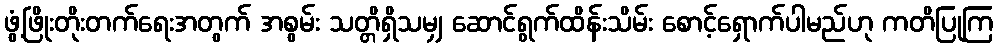
ဖွံ့ဖြိုးတိုးတက်ရေးအတွက် အစွမ်း သတ္တိရှိသမျှ ဆောင်ရွက်ထိန်းသိမ်း စောင့်ရှောက်ပါမည်ဟု ကတိပြုကြ